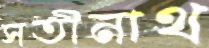
সতীনাথ